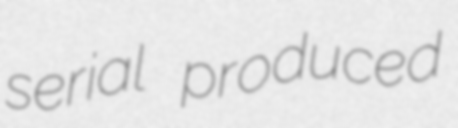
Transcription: serial produced